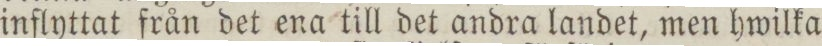
inflyttat från det ena till det andra landet, men hwilka